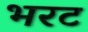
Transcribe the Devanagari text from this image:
भरट